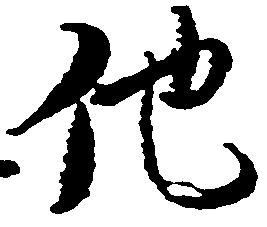
他